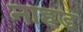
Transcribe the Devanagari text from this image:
नाहड